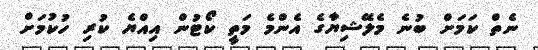
ނެތް ކަމަށް ބުނެ މެލޭޝިޔާގެ އެންމެ މަތީ ކޯޓުން އިއްޔެ ކުރި ހުުކުމަށް